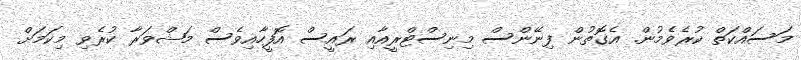
މަސައްކަތް ކުރެވެމުން. އެގޮތުން ފިނޭންސް މިނިސްޓްރީއާއި ރައީސް އޮފީހާއިވެސް މަޝްވަރާ ކުރެވި މިކަމަށް